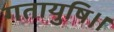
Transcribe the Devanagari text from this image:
गतायुषि।।